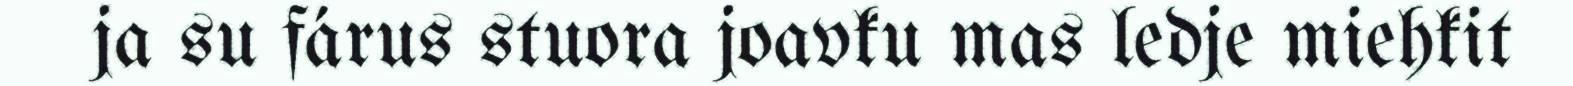
ja su fárus stuora joavku mas ledje miehkit